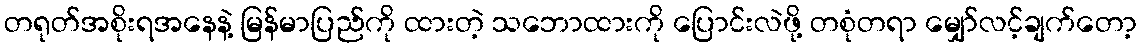
တရုတ်အစိုးရအနေနဲ့ မြန်မာပြည်ကို ထားတဲ့ သဘောထားကို ပြောင်းလဲဖို့ တစုံတရာ မျှော်လင့်ချက်တော့